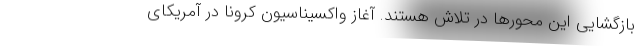
بازگشایی این محورها در تلاش هستند. آغاز واکسیناسیون کرونا در آمریکای